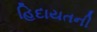
હિદાયતની